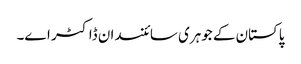
پاکستان کے جوہری سائنسدان ڈاکٹر اے۔